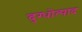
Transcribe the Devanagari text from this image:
दुग्धोत्पाद